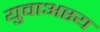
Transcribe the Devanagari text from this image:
युवाअस्य